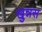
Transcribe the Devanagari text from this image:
खुन्नस